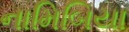
નામિબિયા